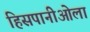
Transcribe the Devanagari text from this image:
हिसपानीओला